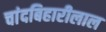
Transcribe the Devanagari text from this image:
चांदबिहारीलाल